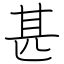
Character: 甚